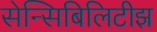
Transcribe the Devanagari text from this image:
सेन्सिबिलिटीझ